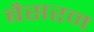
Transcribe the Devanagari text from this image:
बैसरन